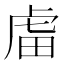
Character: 𧆨